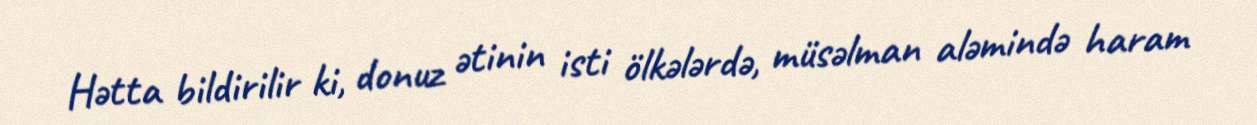
Hətta bildirilir ki, donuz ətinin isti ölkələrdə, müsəlman aləmində haram